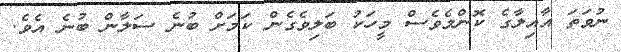
ނުވަތަ އާއިލާގެ ކޮންމެވެސް މީހަކު ބަލިވެގެން ކަމަށް ބުނެ ސަލާން ބުނެ އެވެ.